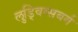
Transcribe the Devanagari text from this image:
लुड्विग्सबर्ग